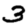
Digit: 3